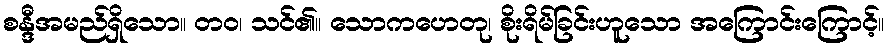
စန္ဒီအမည်ရှိသော။ တဝ၊ သင်၏။ သောကဟေတု၊ စိုးရိမ်ခြင်းဟူသော အကြောင်းကြောင့်။